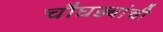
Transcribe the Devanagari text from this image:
चौघड्यांची